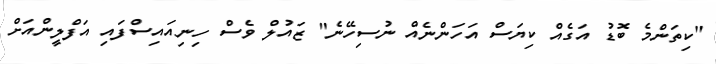
"ކިތަންމެ ބޮޑު އަގެއް ކިޔަސް އަހަންނެއް ނުސިހޭނެ" ޒައުލް ވެސް ހިނިއައިސްފައި އަފްލީންއަށް